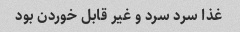
غذا سرد سرد و غیر قابل خوردن بود